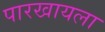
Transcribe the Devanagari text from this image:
पारखायला